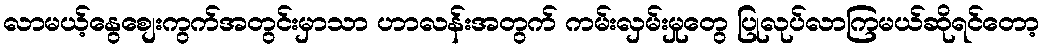
လာမယ့်နွေစျေးကွက်အတွင်းမှာသာ ဟာလန်းအတွက် ကမ်းလှမ်းမှုတွေ ပြုလုပ်လာကြမယ်ဆိုရင်တော့